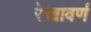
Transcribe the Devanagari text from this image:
रेखावर्ण